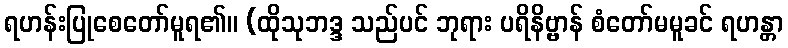
ရဟန်းပြုစေတော်မူရ၏။ (ထိုသုဘဒ္ဒ သည်ပင် ဘုရား ပရိနိဗ္ဗာန် စံတော်မမူခင် ရဟန္တာ